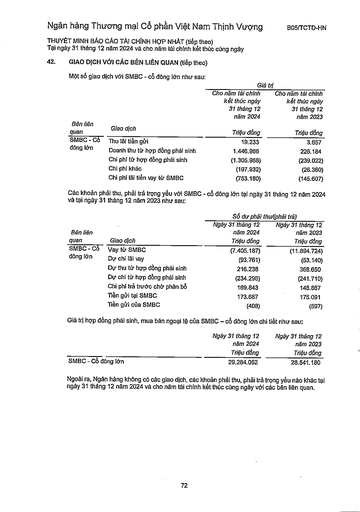
|||Giá trị| |---|---|---| |||Cho năm tài chính kết thúc ngày 31 tháng 12 năm 2024|Cho năm tài chính kết thúc ngày 31 tháng 12 năm 2023| |Bên liên quan|Giao dịch|Triệu đồng|Triệu đồng| |SMBC Cổ|Thu lãi tiền gửi|19.233|3.657| |đông lớn|Doanh thu từ hợp đồng phái sinh|1.446.986|226.184| ||Chi phí từ hợp đồng phái sinh|(1.305.968)|(239.022)| ||Chi phí khác|(197.932)|(26.360)| ||Chi phí lãi tiền vay từ SMBC|(753.180)|(145.607)| |||Số dư phải|thu/(phải trả)| |---|---|---|---| |Bên liên quan|Giao dịch|Ngày 31 tháng 12 năm 2024 Triệu đồng|Ngày 31 tháng 12 năm 2023 Triệu đồng| |SMBC Cổ|Vay từ SMBC|(7.405.187)|(11.894.724)| |đông lớn|Dư chi lãi vay|(93.761)|(53.140)| ||Dư thu tiếp hợp đồng phái sinh|216.238|368.650| ||Dư chi từ hợp đồng phái sinh|(234.296)|(241.710)| ||Chi phí trả trước chờ phân bổ|169.843|148.867| ||Tiền gửi tại SMBC|173.687|175.091| ||Tiền gửi của SMBC|(408)|(597)| ||Ngày 31 tháng 12 năm 2024 Triệu đồng|Ngày 31 tháng 12 năm 2023 Triệu đồng| |---|---|---| |SMBC Cổ đông lớn|29.284.052|28.541.180|